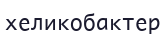
хеликобактер